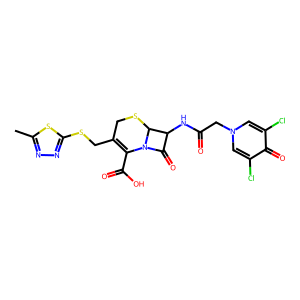
SMILES: Cc1nnc(SCC2=C(C(=O)O)N3C(=O)C(NC(=O)Cn4cc(Cl)c(=O)c(Cl)c4)C3SC2)s1
Inhibits HIV replication: No